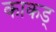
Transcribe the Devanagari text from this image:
काकड्